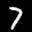
Label: 7